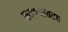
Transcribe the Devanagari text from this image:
करण्यावरच